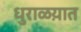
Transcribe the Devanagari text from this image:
धुराळय़ात